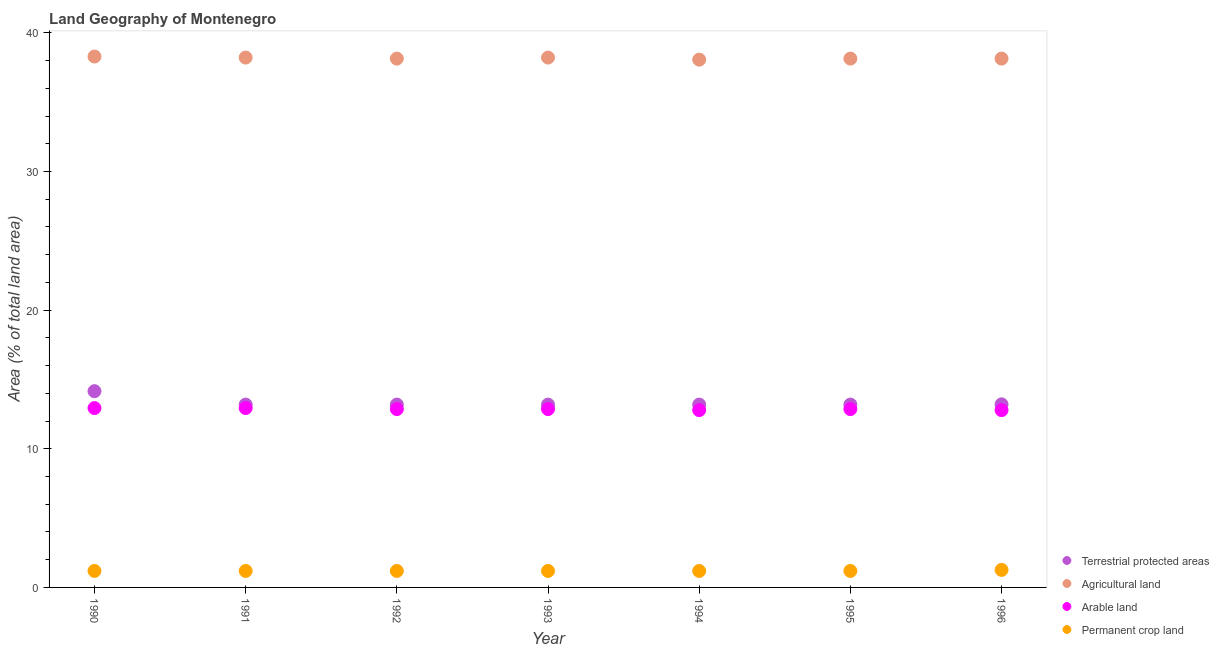
| Year | Terrestrial protected areas | Agricultural land | Arable land | Permanent crop land |
 | --- | --- | --- | --- | --- |
 | 1990 | 14.2 | 38.3 | 12.9 | 1.19 |
 | 1991 | 13.2 | 38.2 | 12.9 | 1.19 |
 | 1992 | 13.2 | 38.1 | 12.9 | 1.19 |
 | 1993 | 13.2 | 38.2 | 12.9 | 1.19 |
 | 1994 | 13.2 | 38.1 | 12.8 | 1.19 |
 | 1995 | 13.2 | 38.1 | 12.9 | 1.19 |
 | 1996 | 13.2 | 38.1 | 12.8 | 1.26 |